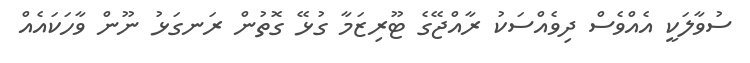
ސުވާލަކީ އެއްވެސް ދިވެއްސަކު ރާއްޖޭގެ ޓޫރިޒަމާ ގުޅޭ ގޮތުން ރަނގަޅު ނޫން ވާހަކައެއް